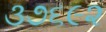
૩૭૬૯૨